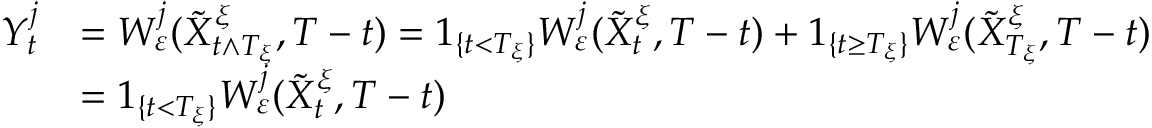
\begin{array} { r l } { Y _ { t } ^ { j } } & { = W _ { \varepsilon } ^ { j } ( \tilde { X } _ { t \wedge T _ { \xi } } ^ { \xi } , T - t ) = 1 _ { \{ t < T _ { \xi } \} } W _ { \varepsilon } ^ { j } ( \tilde { X } _ { t } ^ { \xi } , T - t ) + 1 _ { \{ t \geq T _ { \xi } \} } W _ { \varepsilon } ^ { j } ( \tilde { X } _ { T _ { \xi } } ^ { \xi } , T - t ) } \\ & { = 1 _ { \{ t < T _ { \xi } \} } W _ { \varepsilon } ^ { j } ( \tilde { X } _ { t } ^ { \xi } , T - t ) } \end{array}